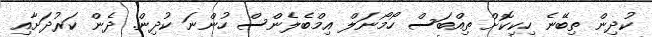
ކުދިން ތިބޭނެ ހިކިކޮށް ތިއްބަސް ހޯމޯނަލް އިމްބެލެންސް ހުންނަ ކުދިން. ދެން ކަރުދަށާއި